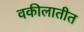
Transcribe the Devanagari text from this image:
वकीलातीत